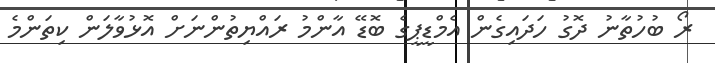
ރޯ ބުހުތާނު ދޮގު ހަދައިގެން އެމްޑީޕީގެ ބޮޑޭ އާންމު ރައްޔިތުންނަށް އޮޅުވާލަން ކިތަންމެ